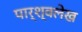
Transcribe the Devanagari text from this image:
पार्श्वलेख